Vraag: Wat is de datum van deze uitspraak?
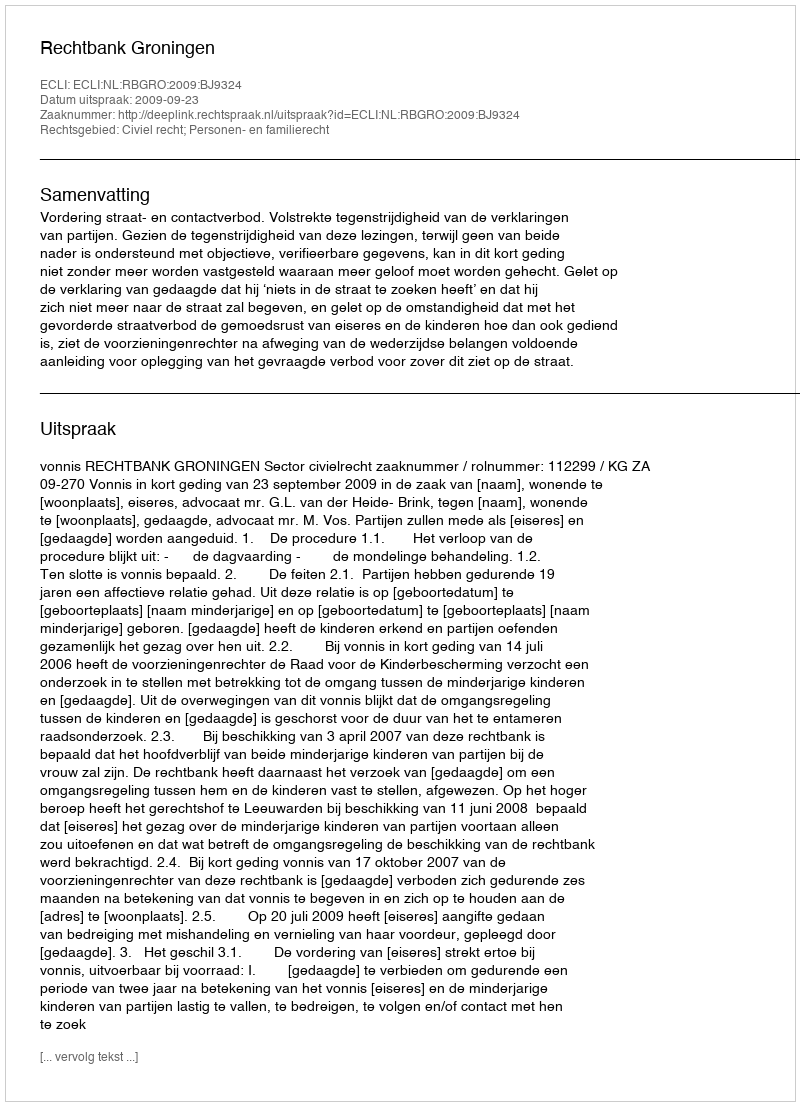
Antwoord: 2009-09-23